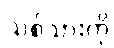
သစ်သားကို